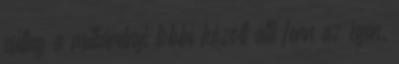
csillag a milliárdnyi többi között állt fenn az égen.